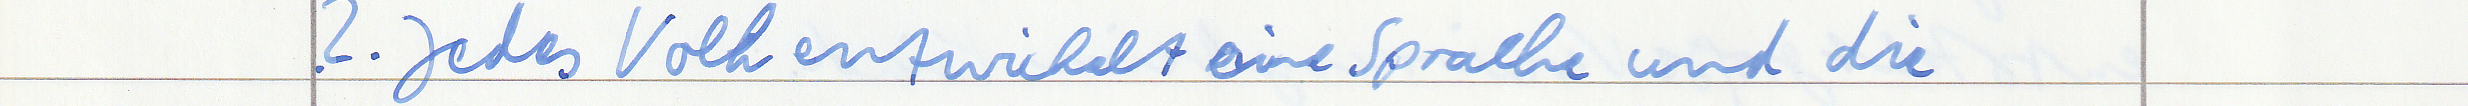
2. Jedes Volk entwickelt eine Sprache und die